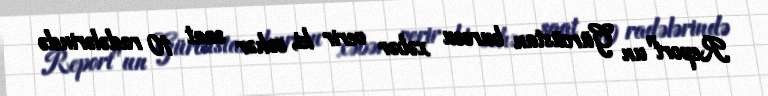
Report"un Gürcüstan burosu xəbər verir ki, səhər saat 10 radələrində